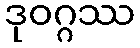
ဒုဝဂ္ဂဿ